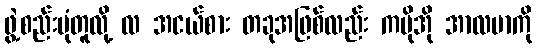
ဖွဲ့စည်းပုံတူလို့ လ အငယ်စား တခုအဖြစ်လည်း ကမိုအို အာလဗာကို